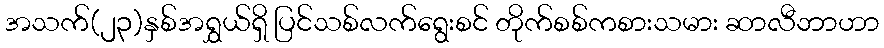
အသက်(၂၃)နှစ်အရွှယ်ရှိ ပြင်သစ်လက်ရွေးစင် တိုက်စစ်ကစားသမား ဆာလီဘာဟာ